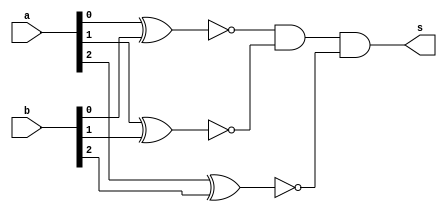
// -------------------------
// Exemplo0023  Comparador Igualdade
// Nome: Willian Antonio dos Santos
// -------------------------
// -------------------------
// compI 3 bit
// -------------------------
module compI3b (output s, input [2:0] a, input [2:0] b);
       wire s1, s2, s3;
       xnor XN1(s1, a[0], b[0]);
       xnor XN2(s2, a[1], b[1]);
       xnor XN3(s3, a[2], b[2]);
       and A1(s, s1, s2, s3);
endmodule // compI3b
// Testes
module test_compI3b;
       // ------------------------- definir dados
       reg [2:0] x;
       reg [2:0] y;
       wire igual;
       compI3b CI31(igual, x, y);
       // ------------------------- parte principal
       initial begin
               $display("Exemplo0023 - Willian Antonio dos Santos - 462020");
               $display("Teste de ALU, comparador de Igualdade\n\nSaida vai a 1 se for igual, 0 se for diferente.\n");
               x = 0; y = 0;
               $monitor("Valor1: %3b = Valor2: %3b ? Igualdade : %b ", x, y, igual);
               repeat (7) begin
                      #1 y = y + 1;
               end
               #1 $display("-----------------------------------------");
               repeat (7) begin
                      #1 x = x + 1;y = y + 1;
                      repeat (7) begin
                             #1 y = y + 1;
                      end
                      #1 $display("-----------------------------------------");
               end
       end
endmodule // test_compI3b